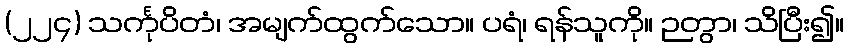
(၂၂၄) သင်္ကုပိတံ၊ အမျက်ထွက်သော။ ပရံ၊ ရန်သူကို။ ဉတွာ၊ သိပြီး၍။